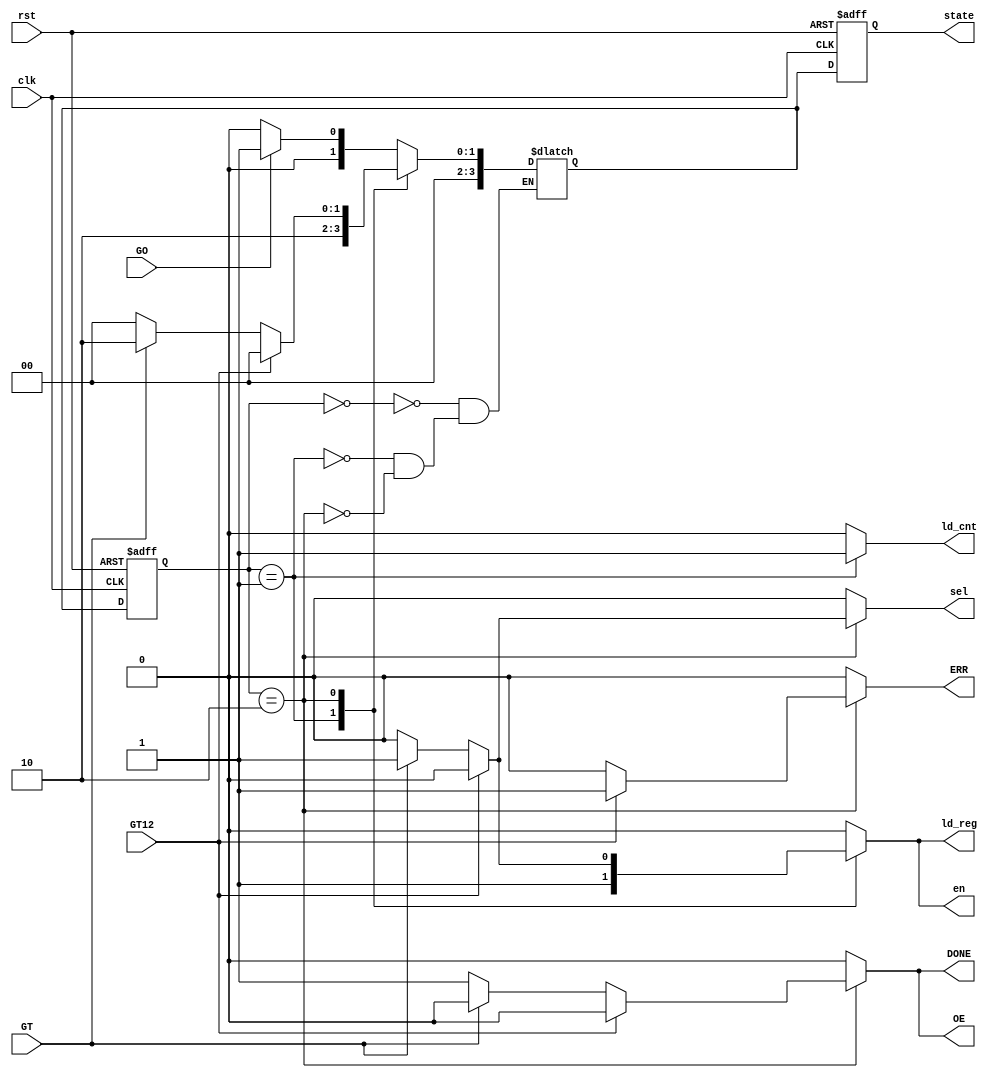
`timescale 1ns / 1ps
//////////////////////////////////////////////////////////////////////////////////
// Company: 
// Engineer: 
// 
// Design Name: 
// Module Name: cu
// Project Name: 
// Target Devices: 
// Tool Versions: 
// Description: 
// 
// Dependencies: 
// 
// Revision:
// Revision 0.01 - File Created
// Additional Comments:
// 
//////////////////////////////////////////////////////////////////////////////////


module cu(
    input GT, GT12, clk, GO, rst,
    output reg sel, ld_cnt, en, ld_reg, OE, DONE, ERR,
    output reg [3:0] state);
    
    parameter S0 = 4'b0000;
    parameter S1 = 4'b0001;
    parameter S2 = 4'b0010;
    parameter S3 = 4'b0011;
    parameter S4 = 4'b0100;
    parameter S5 = 4'b0101;
    
    reg [3:0] CS, NS; 
    
    always@(posedge rst, posedge clk) begin // at the rising edge of the clock, the state is going to be assigned to current state
        if(rst) begin         //If reset is enabled, then current state becomes 0 
            CS = S0;
        end else begin
            CS = NS;
        end

        state = CS;
    end
    
    always@(CS, GT, GT12, GO) begin
        case(CS)
            S0: begin
                if(GO) begin
                    NS = S1;
                end else begin
                    NS = S0;
                end
            end
            S1: begin NS = S2; end
            S2: begin
                if(GT12)begin
                    NS = S0;
                end
                else if(GT)begin
                    NS = S2;
                end else begin
                    NS = S0;
                end
            end
        endcase
    end
    
    always@(CS, GT, GT12)begin
        case(CS)
            S0: begin
                sel=1'b0; ld_cnt=1'b0; en=1'b0; 
                ld_reg=1'b0; OE=1'b0; DONE=1'b0; ERR=1'b0;
            end
            S1: begin
                sel=1'b0; ld_cnt=1'b1; en=1'b1; 
                ld_reg=1'b1; OE=1'b0; DONE=1'b0; ERR=1'b0;
            end
            S2: begin
                if(GT12) begin
                    sel=1'b0; ld_cnt=1'b0; en=1'b0; 
                    ld_reg=1'b0; OE=1'b0; DONE=1'b0; ERR=1'b1;   // OE=0                 
                end else if(GT) begin
                    sel=1'b1; ld_cnt=1'b0; en=1'b1; 
                    ld_reg=1'b1; OE=1'b0; DONE=1'b0; ERR=1'b0;   // OE=0         
                end else begin
                    sel=1'b0; ld_cnt=1'b0; en=1'b0; 
                    ld_reg=1'b0; OE=1'b1; DONE=1'b1; ERR=1'b0;                    
                end
            end
            default: begin
                sel=1'b0; ld_cnt=1'b0; en=1'b0; 
                ld_reg=1'b0; OE=1'b0; DONE=1'b0; ERR=1'b0;
            end                   
        endcase
    end
        
endmodule